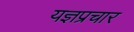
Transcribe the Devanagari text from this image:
यज्ञप्रचार